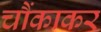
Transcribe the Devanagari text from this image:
चौंकाकर